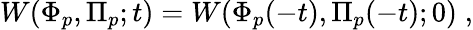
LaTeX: W(\Phi_{p},\Pi_{p};t)=W(\Phi_{p}(-t),\Pi_{p}(-t);0)\; ,